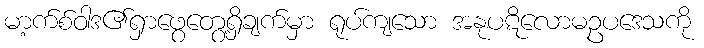
မာ့က်စ်ဝါဒ၏ရှာဖွေတွေ့ရှိချက်မှာ ရုပ်ကျသော အနုပဋိလောမဥပဒေသကို